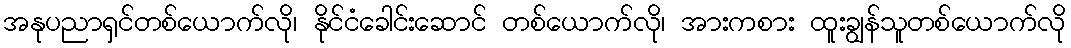
အနုပညာရှင်တစ်ယောက်လို၊ နိုင်ငံခေါင်းဆောင် တစ်ယောက်လို၊ အားကစား ထူးချွန်သူတစ်ယောက်လို